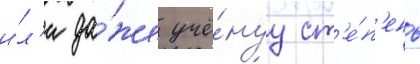
и́л'и да́же учё́нуу ст'е́п'ень